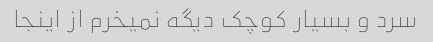
سرد و بسیار کوچک دیگه نمیخرم از اینجا